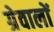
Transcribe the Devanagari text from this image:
ग्रेवालों